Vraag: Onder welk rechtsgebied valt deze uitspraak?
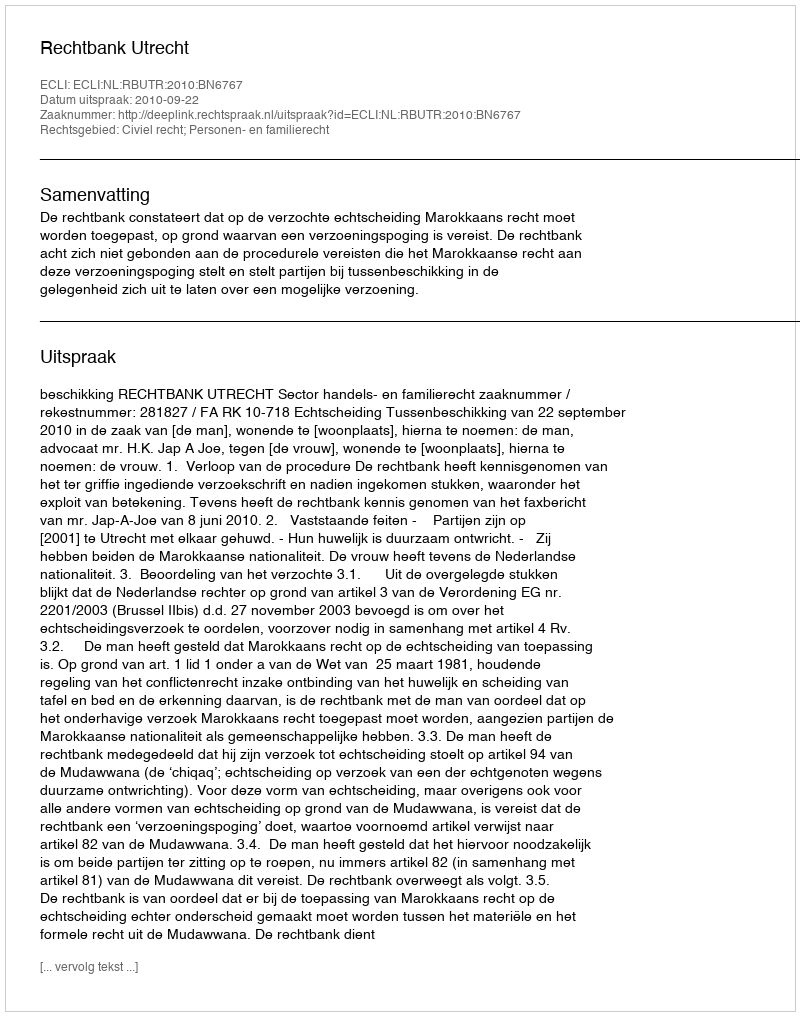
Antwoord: Civiel recht; Personen- en familierecht